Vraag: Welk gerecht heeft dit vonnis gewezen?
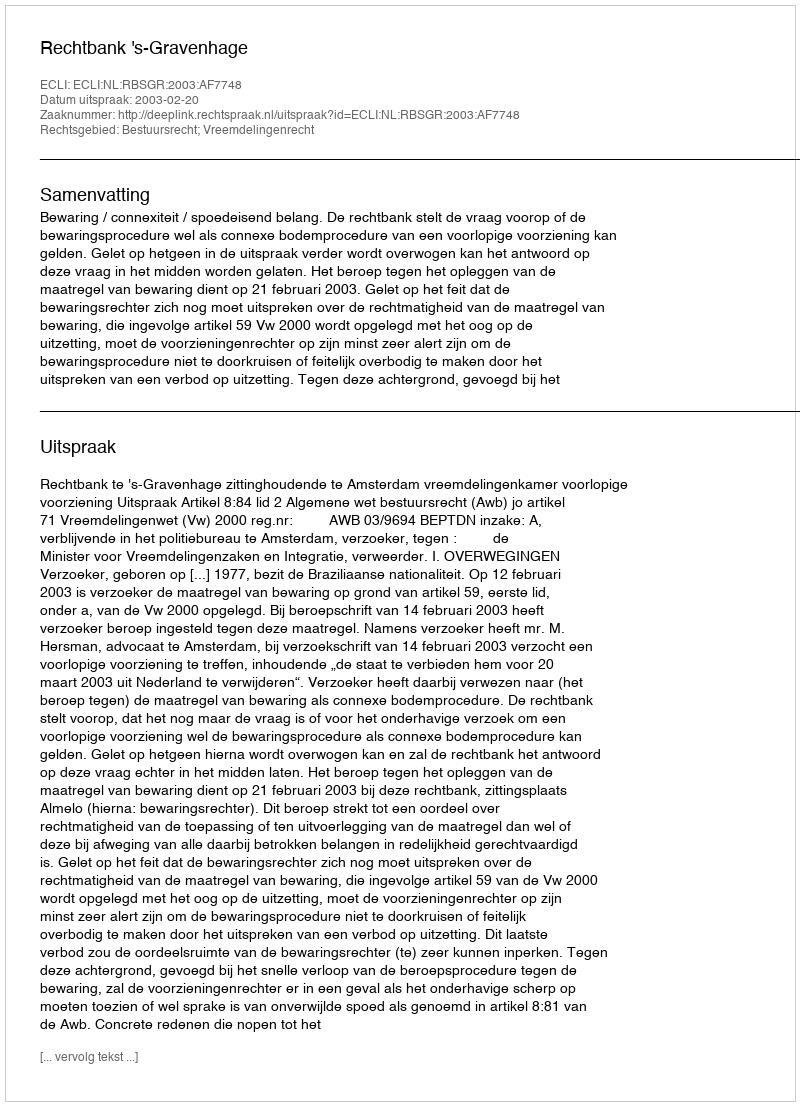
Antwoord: Rechtbank 's-Gravenhage